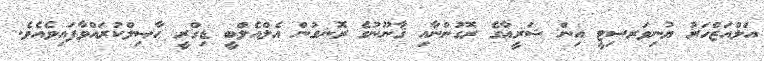
އަލްއަޒްހަރު ޔުނިވަރސިޓީ އިން ޝަރީޢާގެ ރޮގުންނާއި ޤާނޫނުގެ ރޮނގުން އެލްއެލްބީ ޑިގްރީ ޙާޞިލްކުރައްވާފައިވެއެވެ.